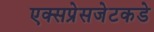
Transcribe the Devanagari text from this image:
एक्सप्रेसजेटकडे